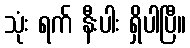
သုံး ရက် နီးပါး ရှိပါပြီ။